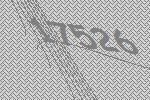
17526